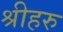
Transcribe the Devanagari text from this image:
श्रीहरु